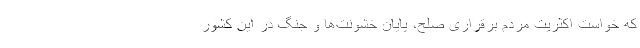
که خواست اکثریت مردم برقراری صلح، پایان خشونت‌ها و جنگ در این کشور